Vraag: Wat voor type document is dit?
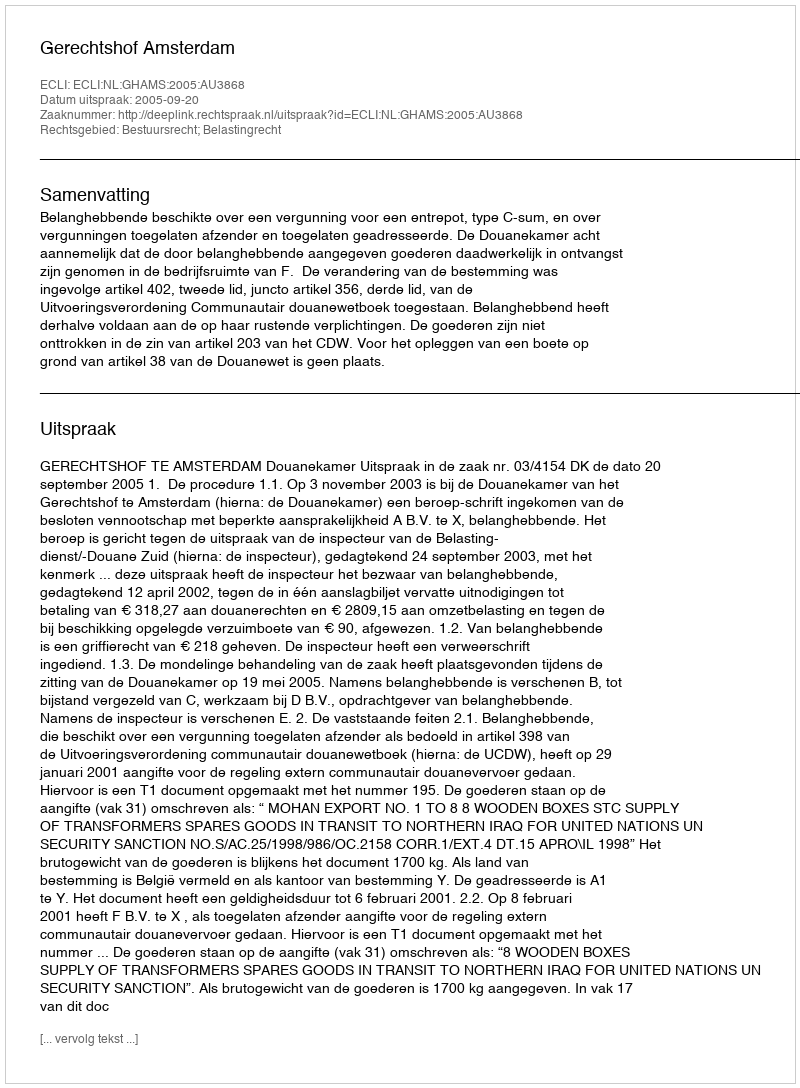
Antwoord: Uitspraak